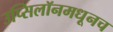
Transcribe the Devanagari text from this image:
उप्सिलॉनमधूनच